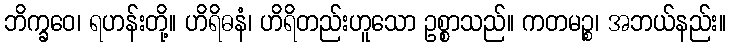
ဘိက္ခဝေ၊ ရဟန်းတို့။ ဟိရိဓနံ၊ ဟိရိတည်းဟူသော ဥစ္စာသည်။ ကတမဉ္စ၊ အဘယ်နည်း။